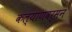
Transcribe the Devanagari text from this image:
कल्याणवर्मन